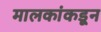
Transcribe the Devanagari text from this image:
मालकांकडून